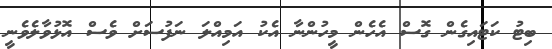
ބިޓު ކަޓައިގެން ގޮސް އެހެން މީހުންނާ އެކު އަމިއްލަ ނަފުސަށް ވެސް އޮޅުވާލެވެނީ